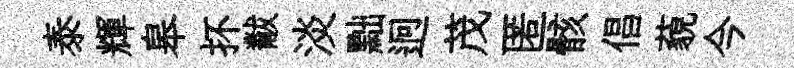
泰輝皋抔黻淡黜迥茂匿骸倡藐今